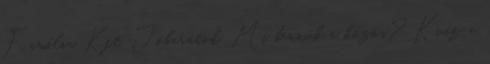
Família Kft, Jóbarátok. Mi bennük a közös? Kvíz a